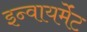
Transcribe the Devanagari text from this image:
इन्वायर्मेंट